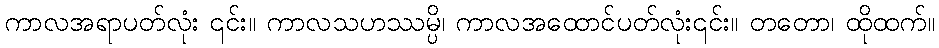
ကာလအရာပတ်လုံး ၎င်း။ ကာလသဟဿမ္ပိ၊ ကာလအထောင်ပတ်လုံး၎င်း။ တတော၊ ထိုထက်။